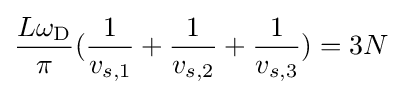
{\frac {L\omega _{\rm {D}}}{\pi }}({\frac {1}{v_{s,1}}}+{\frac {1}{v_{s,2}}}+{\frac {1}{v_{s,3}}})=3N